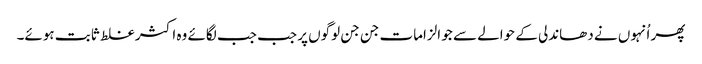
پھر اُنہوں نے دھاندلی کے حوالے سے جو الزامات جن جن لوگوں پر جب جب لگائے وہ اکثر غلط ثابت ہوئے۔